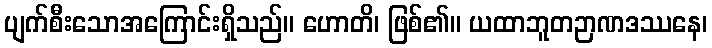
ပျက်စီးသောအကြောင်းရှိသည်။ ဟောတိ၊ ဖြစ်၏။ ယထာဘူတဉာဏဒဿနေ၊